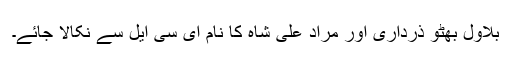
بلاول بھٹو ذرداری اور مراد علی شاہ کا نام ای سی ایل سے نکالا جائے۔